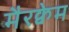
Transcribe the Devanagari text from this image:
मैरक्वेम